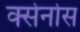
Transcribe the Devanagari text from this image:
क्सेनोस